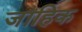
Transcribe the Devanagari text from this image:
जाहिक